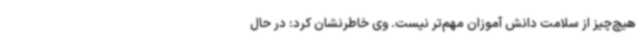
هیچ‌چیز از سلامت دانش آموزان مهم‌تر نیست. وی خاطرنشان کرد: در حال